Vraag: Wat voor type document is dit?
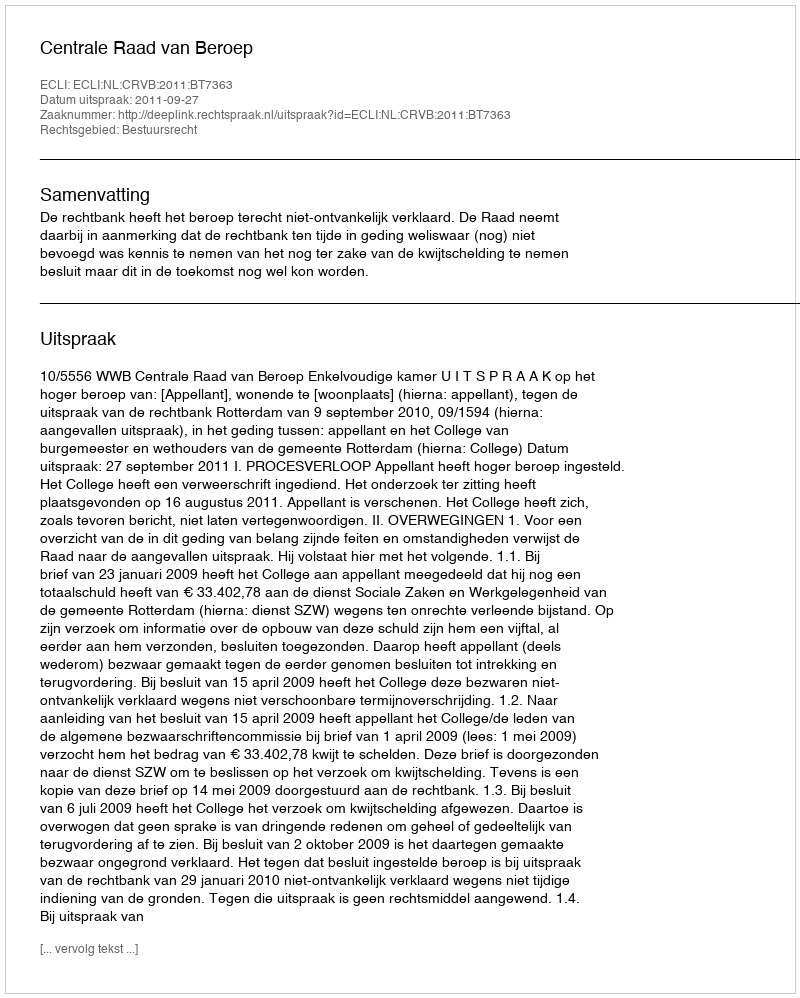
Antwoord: Uitspraak